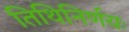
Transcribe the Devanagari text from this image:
तिथिनिर्णयः